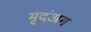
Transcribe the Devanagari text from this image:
मृदंअग